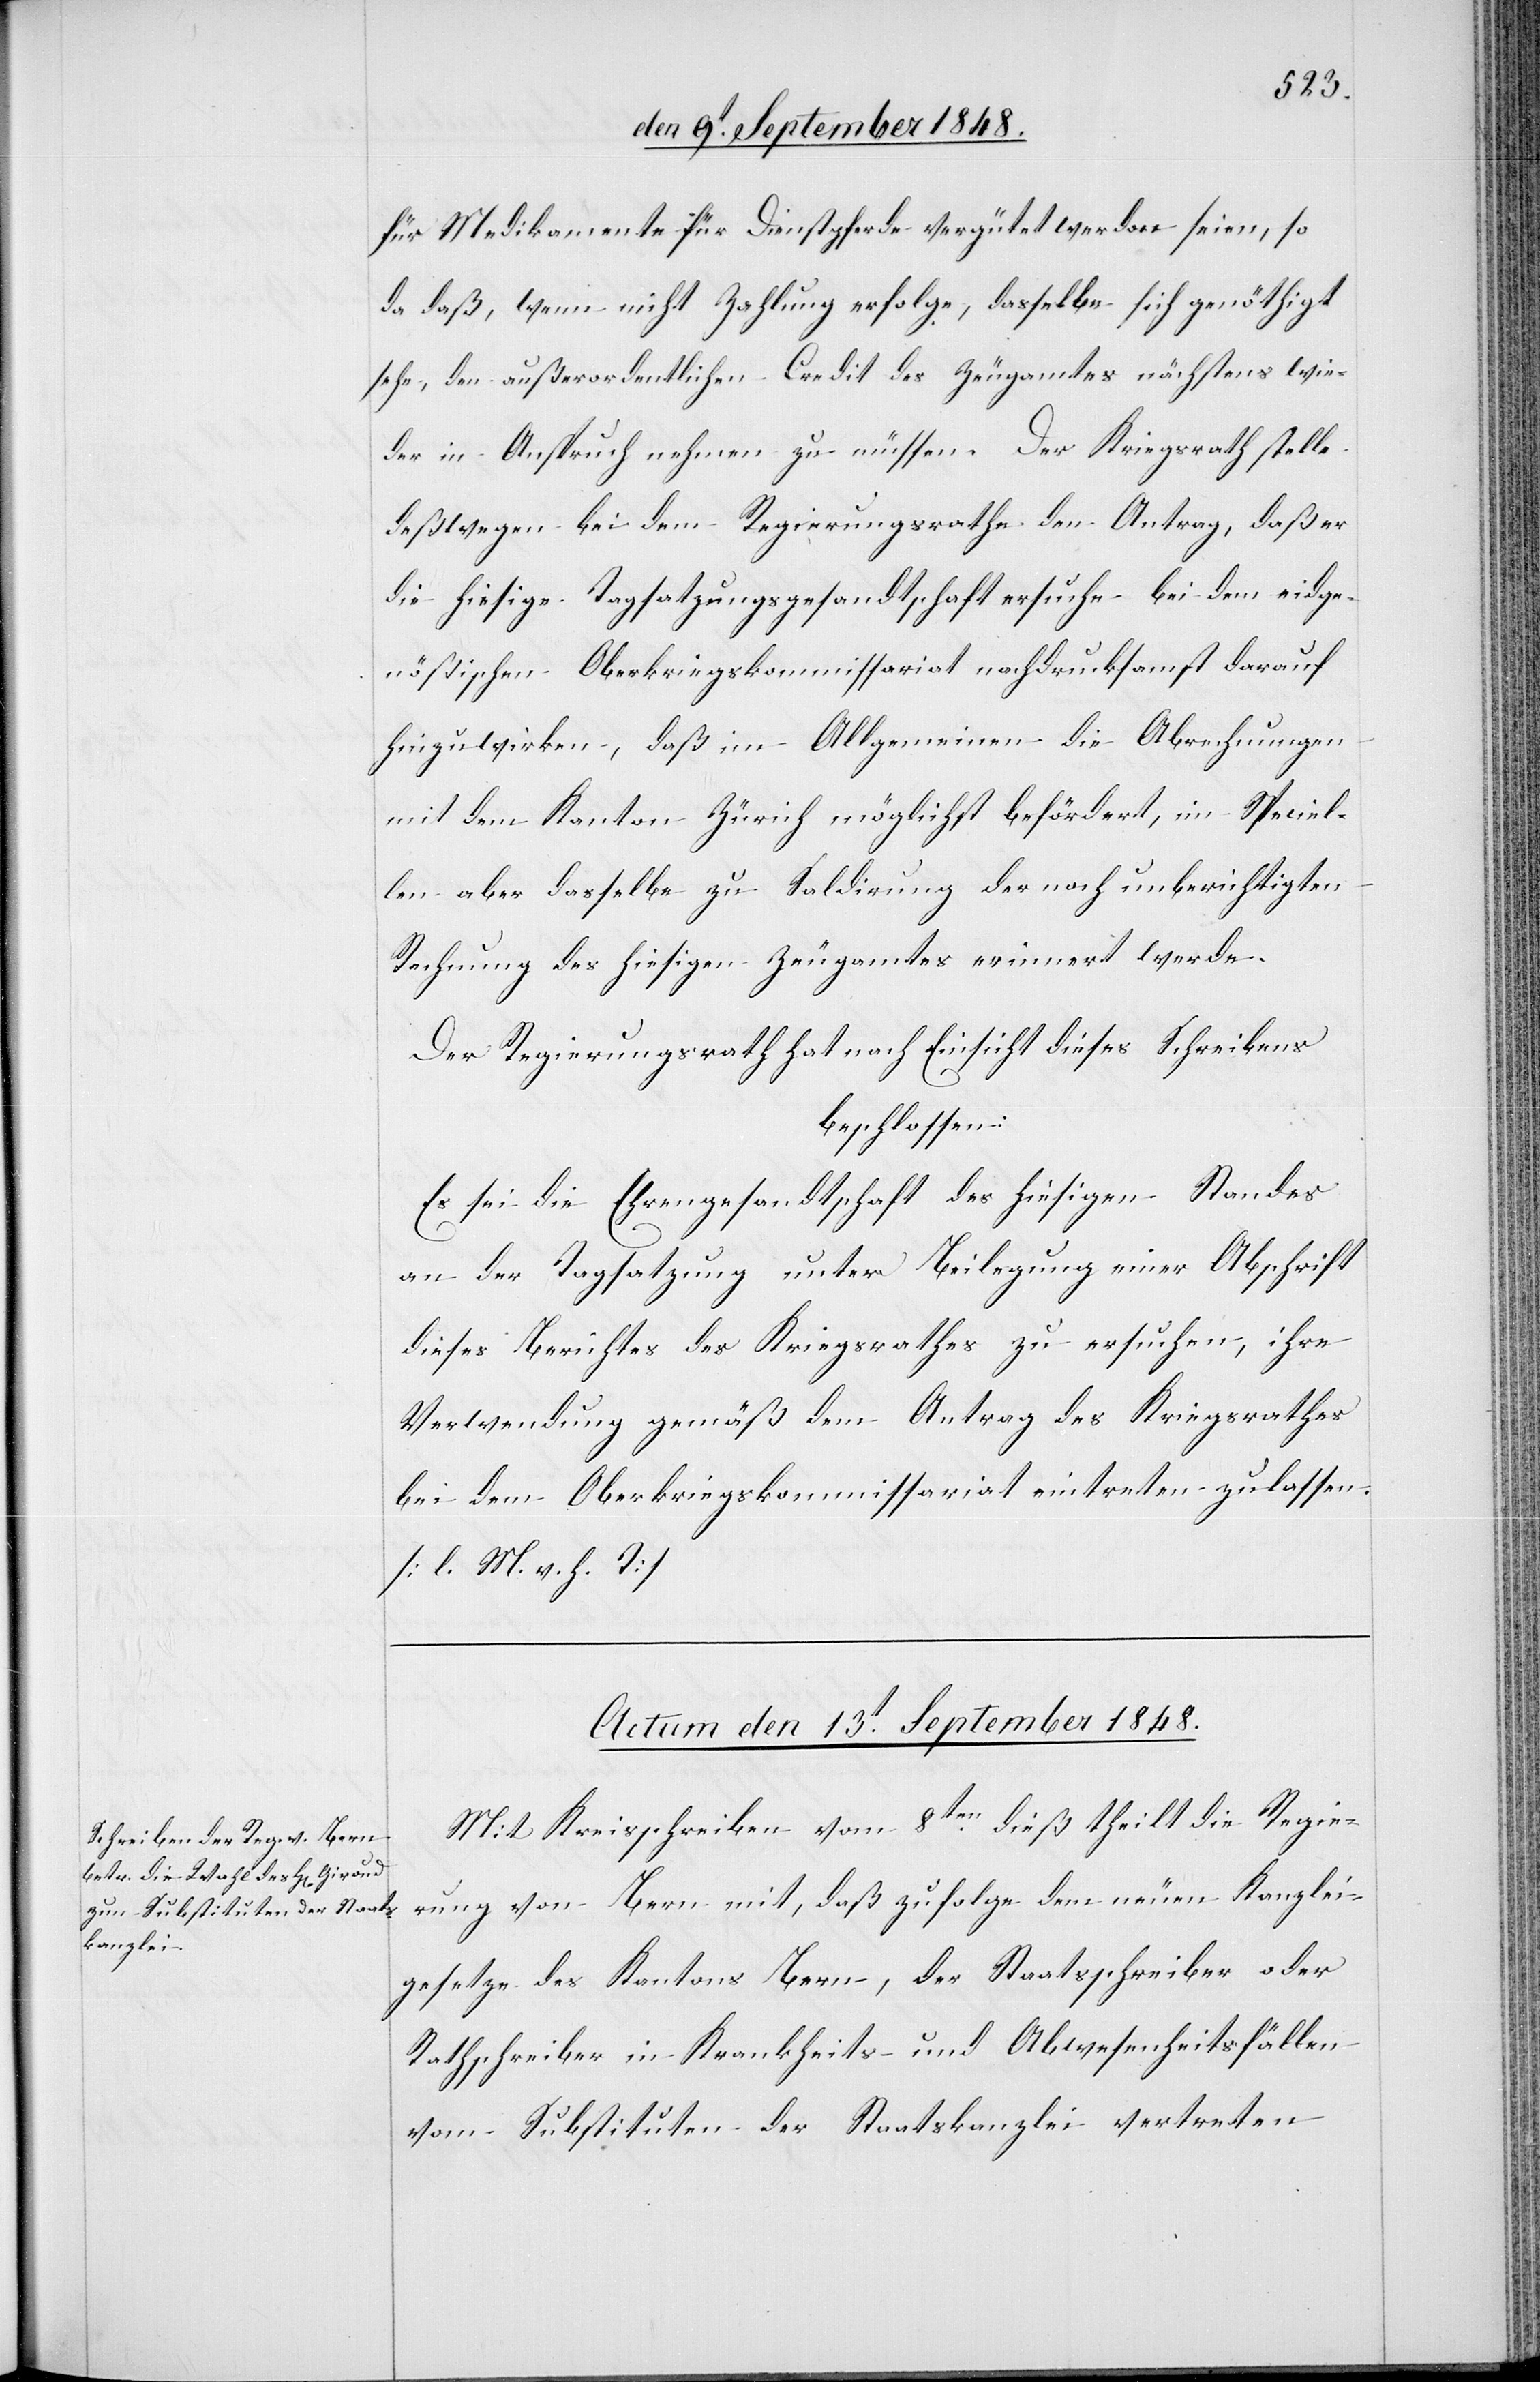
Medikamente für Dienstpferde vergütet worden seien, so
da daß, wenn nicht Zahlung erfolge, dasselbe sich genöthigt
sehe, den außerordentlichen Credit des Zeugamtes nächstens wie¬
der in Anspruch nehmen zu müssen. Der Kriegsrath stelle
deßwegen bei dem Regierungsrathe den Antrag, daß er
die hiesige Tagsatzungsgesandtschaft ersuche bei dem eidge¬
nößischen Oberkriegskommissariat nachdrucksamst darauf
hinzuwirken, daß im Allgemeinen die Abrechnungen
mit dem Kanton Zürich möglichst befördert, im Speciel¬
len aber dasselbe zu Saldirung der noch unberichtigten
Rechnung des hiesigen Zeugamtes erinnert werde.
Der Regierungsrath hat nach Einsicht dieses Schreibens
beschlossen:
Es sei die Ehrengesandtschaft des hiesigen Standes
an der Tagsatzung unter Beilegung einer Abschrift
dieses Berichtes des Kriegsrathes zu ersuchen, ihre
Verwendung gemäß dem Antrag des Kriegsrathes
bei dem Oberkreiskommissariat eintreten zu lassen.
[l. M. v. h. T]
Actum den 13t September 1848.
Mit Kreisschreiben vom 8ten dieß theilt die Regie¬
rung von Bern mit, daß zufolge dem neuen Kanzlei¬
gesetze des Kantons Bern, der Staatsschreiber oder
Rathschreiber in Krankheits- und Abwesenheitsfällen
vom Substituten der Staatskanzlei vertreten